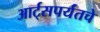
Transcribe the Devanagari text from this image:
आर्ट्‌सपर्यंतचे